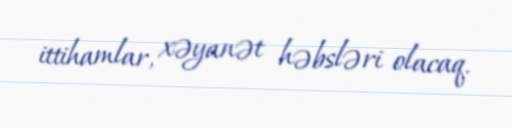
ittihamlar, xəyanət həbsləri olacaq.